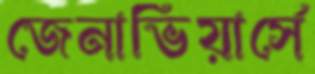
জেনাভিয়ার্সে